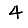
Digit: 4